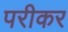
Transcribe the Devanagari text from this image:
परीकर